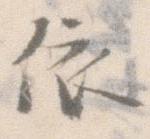
依